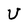
Character: U